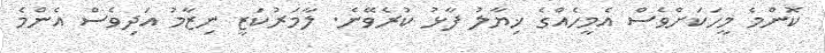
ކޮންމެ މީހަކަށްވެސް އެމީހެއްގެ ޚިޔާލު ފާޅު ކުރެވޭނެ. ލާމަރުކަޒީ ނިޒާމު އަދިވެސް އެންމެ